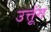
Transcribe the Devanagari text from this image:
उत्तूंग